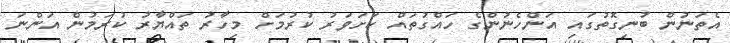
އެތަނުން ބުނިގޮތުގައި އަންހެނުންގެ ހައްގުތައް ކަށަވަރު ކުރުމަށް މިހާރު ތައްޔާރު ކުރަމުން އަންނަ